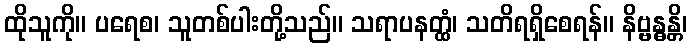
ထိုသူကို။ ပရေစ၊ သူတစ်ပါးတို့သည်။ သရာပနတ္ထံ၊ သတိရရှိစေရန်။ နိဗ္ဗန္ဓန္တိ၊